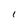
Character: l